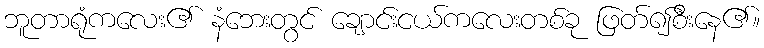
ဘူတာရုံကလေး၏ နံဘေးတွင် ချောင်းငယ်ကလေးတစ်ခု ဖြတ်၍စီးနေ၏။